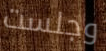
وجلست